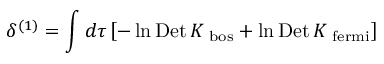
\delta ^ { ( 1 ) } = \int d \tau \left[ - \ln \mathrm { D e t } \, K _ { \mathrm { \scriptsize ~ b o s } } + \ln \mathrm { D e t } \, K _ { \mathrm { \scriptsize ~ f e r m i } } \right]